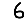
Digit: 6